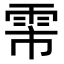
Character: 𬯻